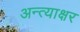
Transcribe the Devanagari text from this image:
अन्त्याक्षर